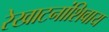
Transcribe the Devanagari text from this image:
रेखाटनांशिवाय